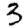
Digit: 3